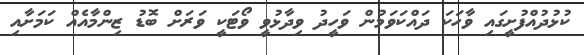
ކުޅުދުއްފުށީގައި ވާހަކަ ދައްކަވަމުން ވަހީދު ވިދާޅުވީ ވޯޓަކީ ވަރަށް ބޮޑު ޒިންމާއެއް ކަމަށާއި